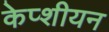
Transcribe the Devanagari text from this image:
केप्शीयन